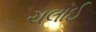
ચલાઈ